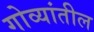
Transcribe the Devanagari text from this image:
गोव्यांतील